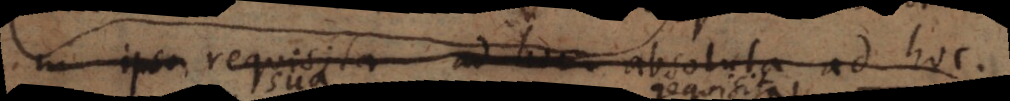
in requisita ad hoc absoluta ad hoc.